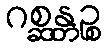
ဂစ္ဆန္တဉ္စ